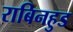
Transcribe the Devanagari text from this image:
राबिनहुड